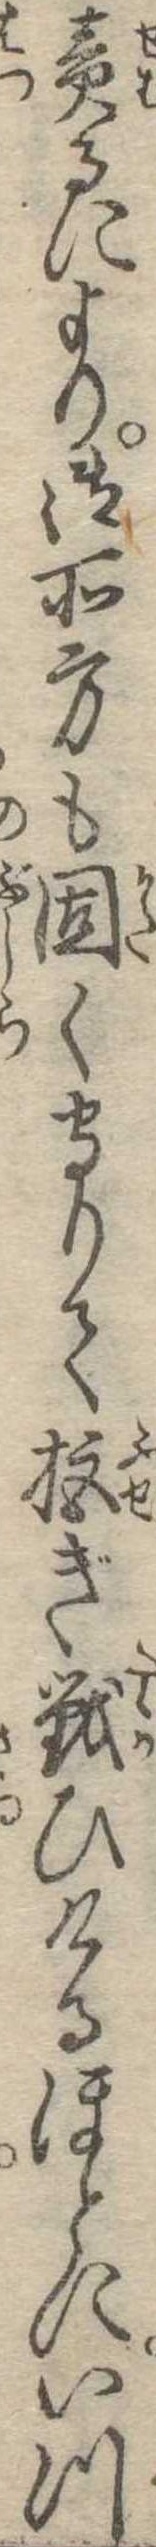
責るにより御所方も固く守りて拒ぎ戦ひけるほとにいつ